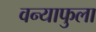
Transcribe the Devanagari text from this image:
वन्याफुला